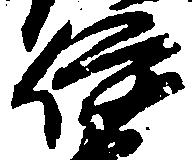
伊